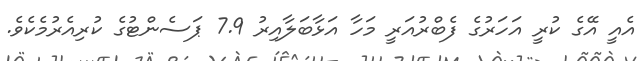
އެއީ އޭގެ ކުރީ އަހަރުގެ ފެބްރުއަރީ މަހާ އަޅާބަލާއިރު 7.9 ޕަސެންޓުގެ ކުރިއެރުމެކެވެ.